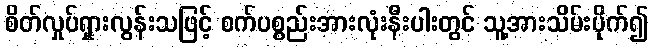
စိတ်လှုပ်ရှားလွန်းသဖြင့် စက်ပစ္စည်းအားလုံးနီးပါးတွင် သူ့အားသိမ်းပိုက်၍